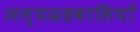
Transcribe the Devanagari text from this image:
अन्यग्रहवासियों